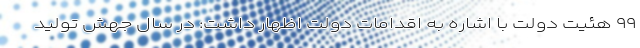
۹۹ هئیت دولت با اشاره به اقدامات دولت اظهار داشت: در سال جهش تولید